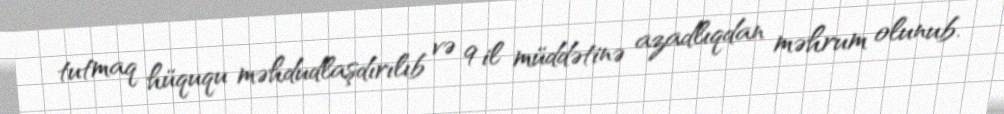
tutmaq hüququ məhdudlaşdırılıb və 9 il müddətinə azadlıqdan məhrum olunub.